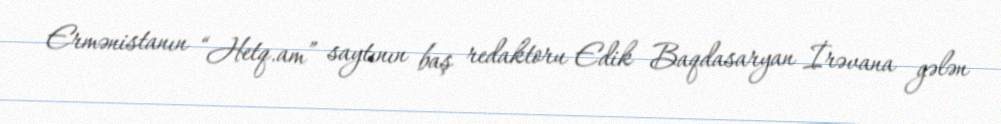
Ermənistanın “Hetq.am” saytının baş redaktoru Edik Baqdasaryan İrəvana gələn